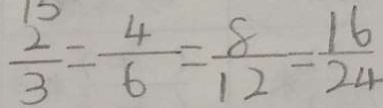
\frac { 2 } { 3 } = \frac { 4 } { 6 } = \frac { 8 } { 1 2 } = \frac { 1 6 } { 2 4 }